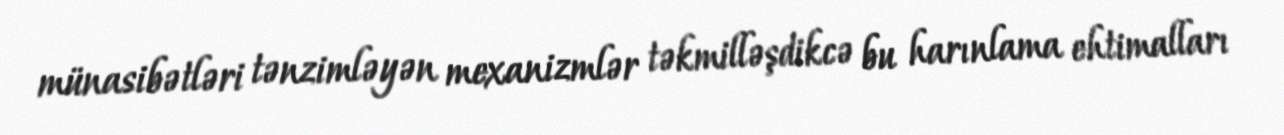
münasibətləri tənzimləyən mexanizmlər təkmilləşdikcə bu harınlama ehtimalları